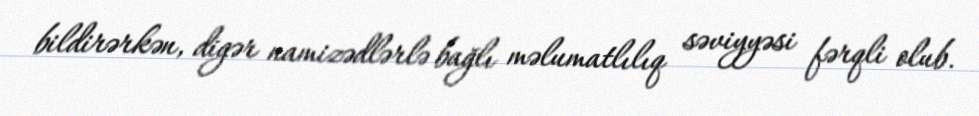
bildirərkən, digər namizədlərlə bağlı məlumatlılıq səviyyəsi fərqli olub.